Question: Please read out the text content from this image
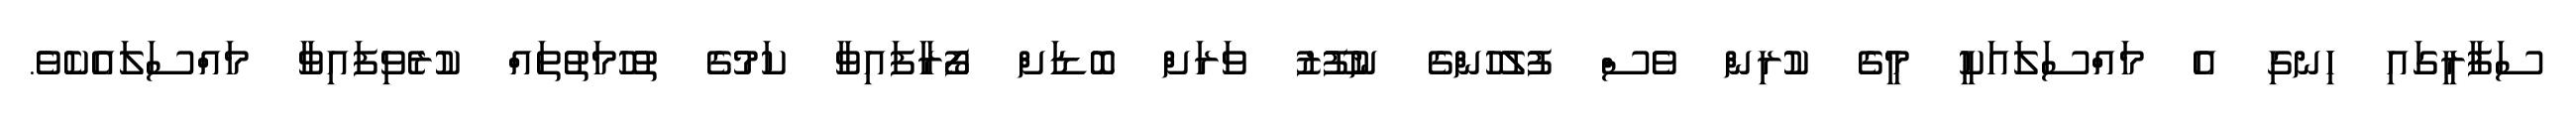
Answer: ސަފާރީގައި ހިނގި އެ މައްސަލައަކީ މީގެ ކުރިން ވެސް ފުލުހުންގެ ނުފޫޒު ވަރަށް ބޮޑަށް ފޯރާފައިވާ ކަމުގެ ތުހުމަތުތައް ކުރެވިފައިވާ މައްސަލައެކެވެ.